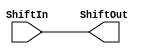
module Shift(ShiftIn, ShiftOut);

    input [31:0] ShiftIn;
    output [31:0] ShiftOut;


    assign ShiftOut = ShiftIn;
// always @(*) begin
//     // $display("ShiftIn: %b,ShiftOut: %b ", ShiftIn, ShiftOut);
    
// end


endmodule